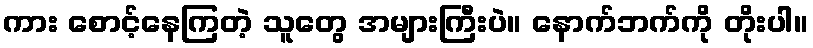
ကား စောင့်နေကြတဲ့ သူတွေ အများကြီးပဲ။ နောက်ဘက်ကို တိုးပါ။